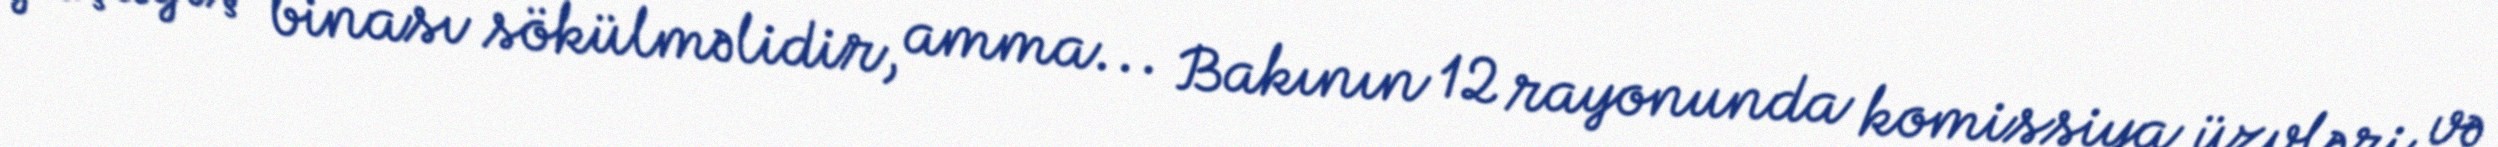
yaşayış binası sökülməlidir, amma... Bakının 12 rayonunda komissiya üzvləri və